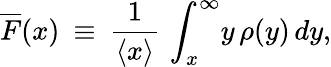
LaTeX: \overline{{F}}(x)\: \equiv\: \frac{1}{\left\langle{x}\right\rangle}\, \int_{x}^{\infty}\! \! \, y\, \rho(y)\, dy,